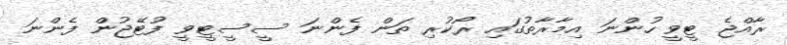
ރާއްޖެ ޓީވީ ހުންނަ އިމާރާތުގައި ރޯކުރި ތަން ފެންނަ ސީސީޓީވީ ފުޓޭޖުން ފެންނަ